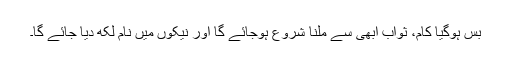
بس ہوگیا کام، ثواب ابھی سے ملنا شروع ہوجائے گا اور نیکوں میں نام لکھ دیا جائے گا۔